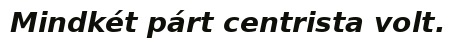
Mindkét párt centrista volt.